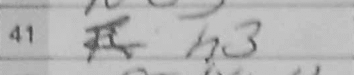
Transcription: h3